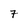
Character: 7